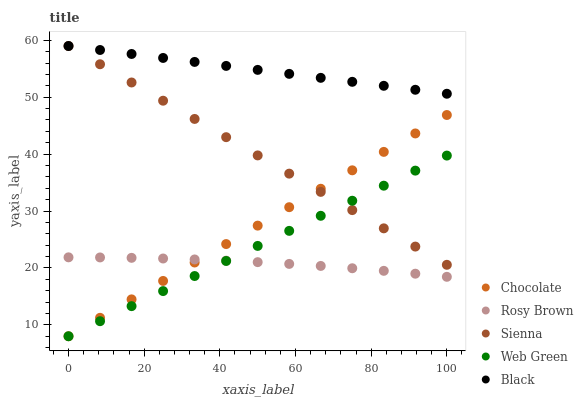
| xaxis_label | Chocolate | Rosy Brown | Sienna | Web Green | Black |
 | --- | --- | --- | --- | --- | --- |
 | 0 | 8 | 21.9 | 59 | 8 | 59 |
 | 8.33 | 11.2 | 21.8 | 55.8 | 10.6 | 58.3 |
 | 16.7 | 14.5 | 21.8 | 52.6 | 13.3 | 57.6 |
 | 25 | 17.7 | 21.7 | 49.4 | 15.9 | 56.9 |
 | 33.3 | 21 | 21.5 | 46.2 | 18.6 | 56.2 |
 | 41.7 | 24.2 | 21.3 | 43 | 21.2 | 55.5 |
 | 50 | 27.4 | 21 | 39.8 | 23.9 | 54.8 |
 | 58.3 | 30.7 | 20.7 | 36.6 | 26.5 | 54.1 |
 | 66.7 | 33.9 | 20.4 | 33.4 | 29.2 | 53.4 |
 | 75 | 37.2 | 19.9 | 30.2 | 31.8 | 52.7 |
 | 83.3 | 40.4 | 19.5 | 27 | 34.5 | 52 |
 | 91.7 | 43.6 | 19 | 23.8 | 37.1 | 51.3 |
 | 100 | 46.9 | 18.4 | 20.6 | 39.7 | 50.6 |